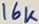
Text: 16K